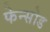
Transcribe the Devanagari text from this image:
फेन्सोड